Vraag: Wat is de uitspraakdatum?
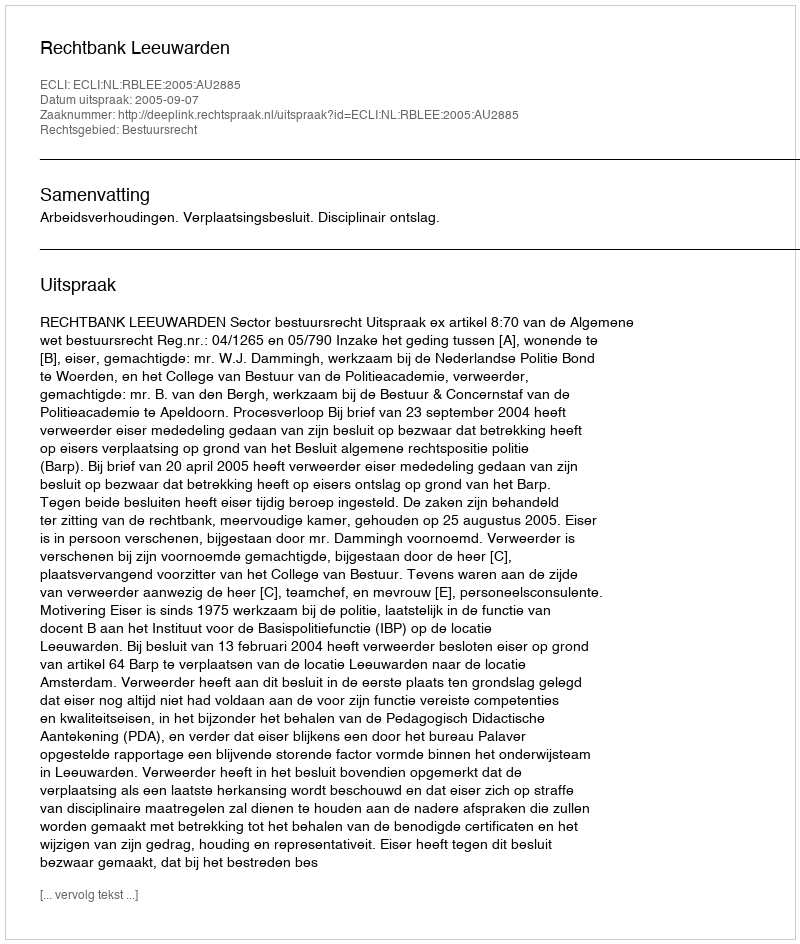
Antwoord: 2005-09-07